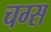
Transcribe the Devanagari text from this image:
चग्स